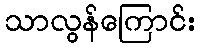
သာလွန်ကြောင်း